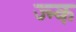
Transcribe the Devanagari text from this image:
ज्न्क